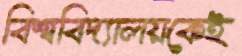
বিশ্ববিদ্যালয়কেই